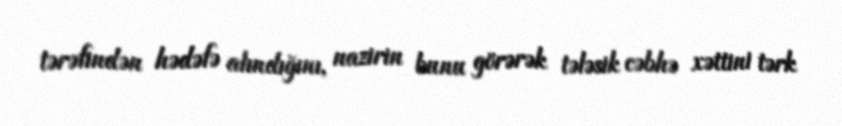
tərəfindən hədəfə alındığını, nazirin bunu görərək tələsik cəbhə xəttini tərk